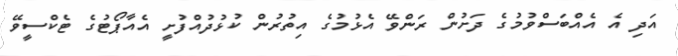
އަދި އެ އެއްބަސްވުމުގެ ދަށުން ރަންވޭ އެޅުމުގެ އިތުރުން ކުޅުދުއްފުށީ އެއާޕޯޓުގެ ޓެކްސީވޭ